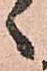
ゝ